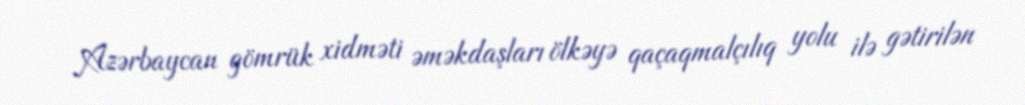
Azərbaycan gömrük xidməti əməkdaşları ölkəyə qaçaqmalçılıq yolu ilə gətirilən